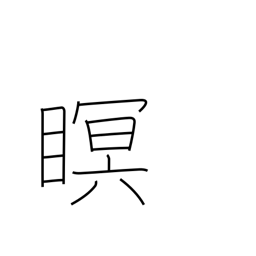
Meaning: close eyes